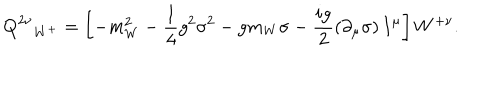
{ { \bf Q } ^ { 2 \nu } } _ { W ^ { + } } = \left[ - m _ { W } ^ { 2 } - \frac { 1 } { 4 } g ^ { 2 } \sigma ^ { 2 } - g m _ { W } \sigma - \frac { i g } { 2 } \left( \partial _ { \mu } \sigma \right) I ^ { \mu } \right] W ^ { + \nu } .